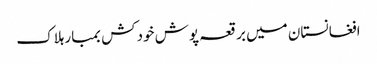
افغانستان میں برقعہ پوش خودکش بمبارہلاک